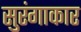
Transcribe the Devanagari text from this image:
सुरंगाकार